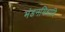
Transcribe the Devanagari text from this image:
मंडनमिश्रादि